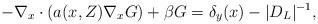
LaTeX: \begin{align*}- \nabla_x \cdot (a(x,Z) \nabla_x G) + \beta G = \delta_y(x) - |D_L|^{-1},\end{align*}